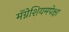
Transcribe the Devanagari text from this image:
मॅग्नेशियमपेक्षा